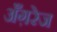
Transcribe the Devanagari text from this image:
अँग़रेज